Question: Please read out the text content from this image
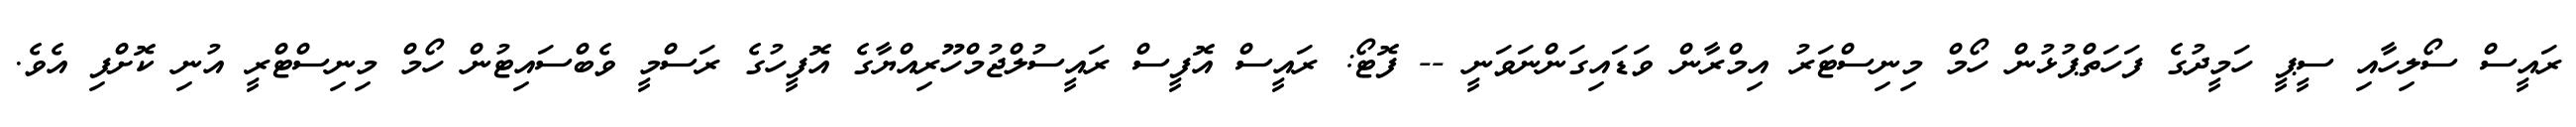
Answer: ރައީސް ސޯލިހާއި ސީޕީ ހަމީދުގެ ފަހަތްޕުޅުން ހޯމް މިނިސްޓަރު އިމްރާން ވަޑައިގަންނަވަނީ -- ފޮޓޯ: ރައީސް އޮފީސް ރައީސުލްޖުމްހޫރިއްޔާގެ އޮފީހުގެ ރަސްމީ ވެބްސައިޓުން ހޯމް މިނިސްޓްރީ އުނި ކޮށްފި އެވެ.